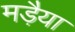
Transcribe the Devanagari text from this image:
मड़ैया